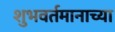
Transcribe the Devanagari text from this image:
शुभवर्तमानाच्या